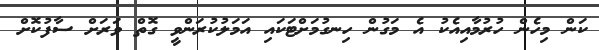
ކަން މިހެން ހުރުމާއިއެކު އެ މަގުން ހިނގުމަށްޓަކައި އަމަލުކުރަންވީ ގޮތް ވަރަށް ސާފުކޮށް